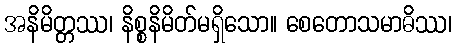
အနိမိတ္တဿ၊ နိစ္စနိမိတ်မရှိသော။ စေတောသမာဓိဿ၊